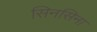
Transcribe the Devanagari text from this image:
सिनसिना